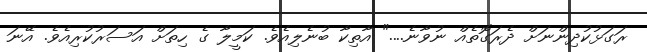
ރަގަޅުކުދިންނަށް ދެރަގޮތެއް ނުވާނެ...." އާތިކާ ބުނެލިއެވެ. ކަމީލާ ގެ ހިތަށް އަސަރުކުރިއެވެ. އޭނަ